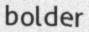
bolder